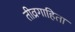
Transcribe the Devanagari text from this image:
तीव्रगाहिता